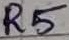
Text: R5